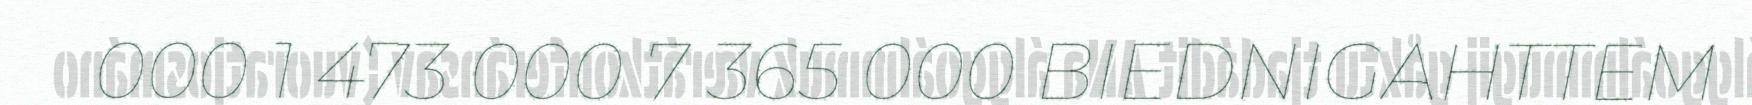
000 1 473 000 7 365 000 BIEDNIGAHTTEM